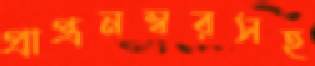
প্রাপ্ত্রনম্বরসহ